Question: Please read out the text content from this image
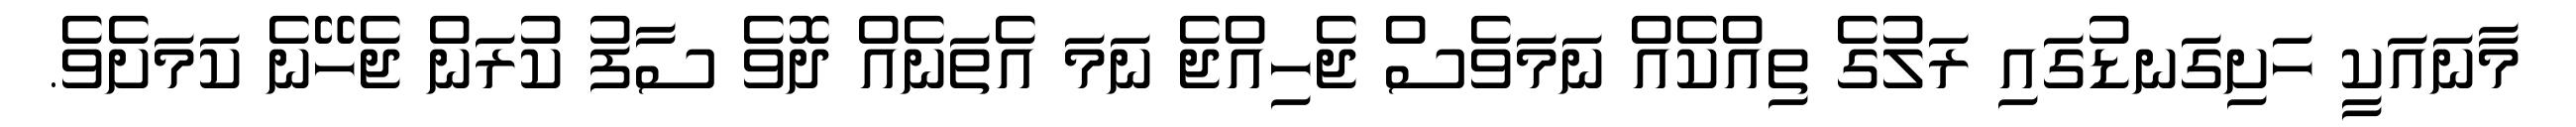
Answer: މާނައަކީ ހަށިގަނޑުގައި ރަލުގެ ތިއްކެއް ނަމަވެސް ޖެހިއްޖެ ނަމަ އެތަނެއް ދޮވެ ސާފު ކުރަން ޖެހޭނެ ކަމަށެވެ.